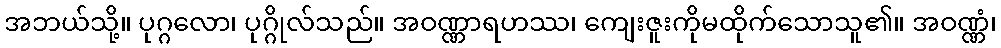
အဘယ်သို့။ ပုဂ္ဂလော၊ ပုဂ္ဂိုလ်သည်။ အဝဏ္ဏာရဟဿ၊ ကျေးဇူးကိုမထိုက်သောသူ၏။ အဝဏ္ဏံ၊